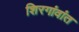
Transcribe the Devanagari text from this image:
शिरगांवांत